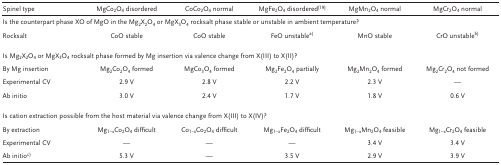
<table><thead><tr><td><b>Spinel type</b></td><td><b>MgCo<sub>2</sub>O<sub>4</sub> disordered</b></td><td><b>CoCo<sub>2</sub>O<sub>4</sub> normal</b></td><td><b>MgFe<sub>2</sub>O<sub>4</sub> disordered19</b></td><td><b>MgMn<sub>2</sub>O<sub>4</sub> normal</b></td><td><b>MgCr<sub>2</sub>O<sub>4</sub> normal</b></td></tr></thead><tbody><tr><td colspan="6">Is the counterpart phase XO of MgO in the Mg<sub>2</sub>X<sub>2</sub>O<sub>4</sub> or MgX<sub>3</sub>O<sub>4</sub> rocksalt phase stable or unstable in ambient temperature?</td></tr><tr><td>Rocksalt</td><td>CoO stable</td><td>CoO stable</td><td>FeO unstablea)</td><td>MnO stable</td><td>CrO unstableb)</td></tr><tr><td colspan="6">Is Mg<sub>2</sub>X<sub>2</sub>O<sub>4</sub> or MgX<sub>3</sub>O<sub>4</sub> rocksalt phase formed by Mg insertion via valence change from X(III) to X(II)?</td></tr><tr><td>By Mg insertion</td><td>Mg<sub>2</sub>Co<sub>2</sub>O<sub>4</sub> formed</td><td>MgCo<sub>3</sub>O<sub>4</sub> formed</td><td>Mg<sub>2</sub>Fe<sub>2</sub>O<sub>4</sub> partially</td><td>Mg<sub>2</sub>Mn<sub>2</sub>O<sub>4</sub> formed</td><td>Mg<sub>2</sub>Cr<sub>2</sub>O<sub>4</sub> not formed</td></tr><tr><td>Experimental CV</td><td>2.9 V</td><td>2.8 V</td><td>2.2 V</td><td>2.3 V</td><td>—</td></tr><tr><td>Ab initio</td><td>3.0 V</td><td>2.4 V</td><td>1.7 V</td><td>1.8 V</td><td>0.6 V</td></tr><tr><td colspan="6">Is cation extraction possible from the host material via valence change from X(III) to X(IV)?</td></tr><tr><td>By extraction</td><td>Mg<sub>1−x</sub>Co<sub>2</sub>O<sub>4</sub> difficult</td><td>Co<sub>1−x</sub>Co<sub>2</sub>O<sub>4</sub> difficult</td><td>Mg<sub>1−x</sub>Fe<sub>2</sub>O<sub>4</sub> difficult</td><td>Mg<sub>1−x</sub>Mn<sub>2</sub>O<sub>4</sub> feasible</td><td>Mg<sub>1−x</sub>Cr<sub>2</sub>O<sub>4</sub> feasible</td></tr><tr><td>Experimental CV</td><td>—</td><td>—</td><td>—</td><td>3.4 V</td><td>3.4 V</td></tr><tr><td>Ab initioc)</td><td>5.3 V</td><td>—</td><td>3.5 V</td><td>2.9 V</td><td>3.9 V</td></tr></tbody></table>